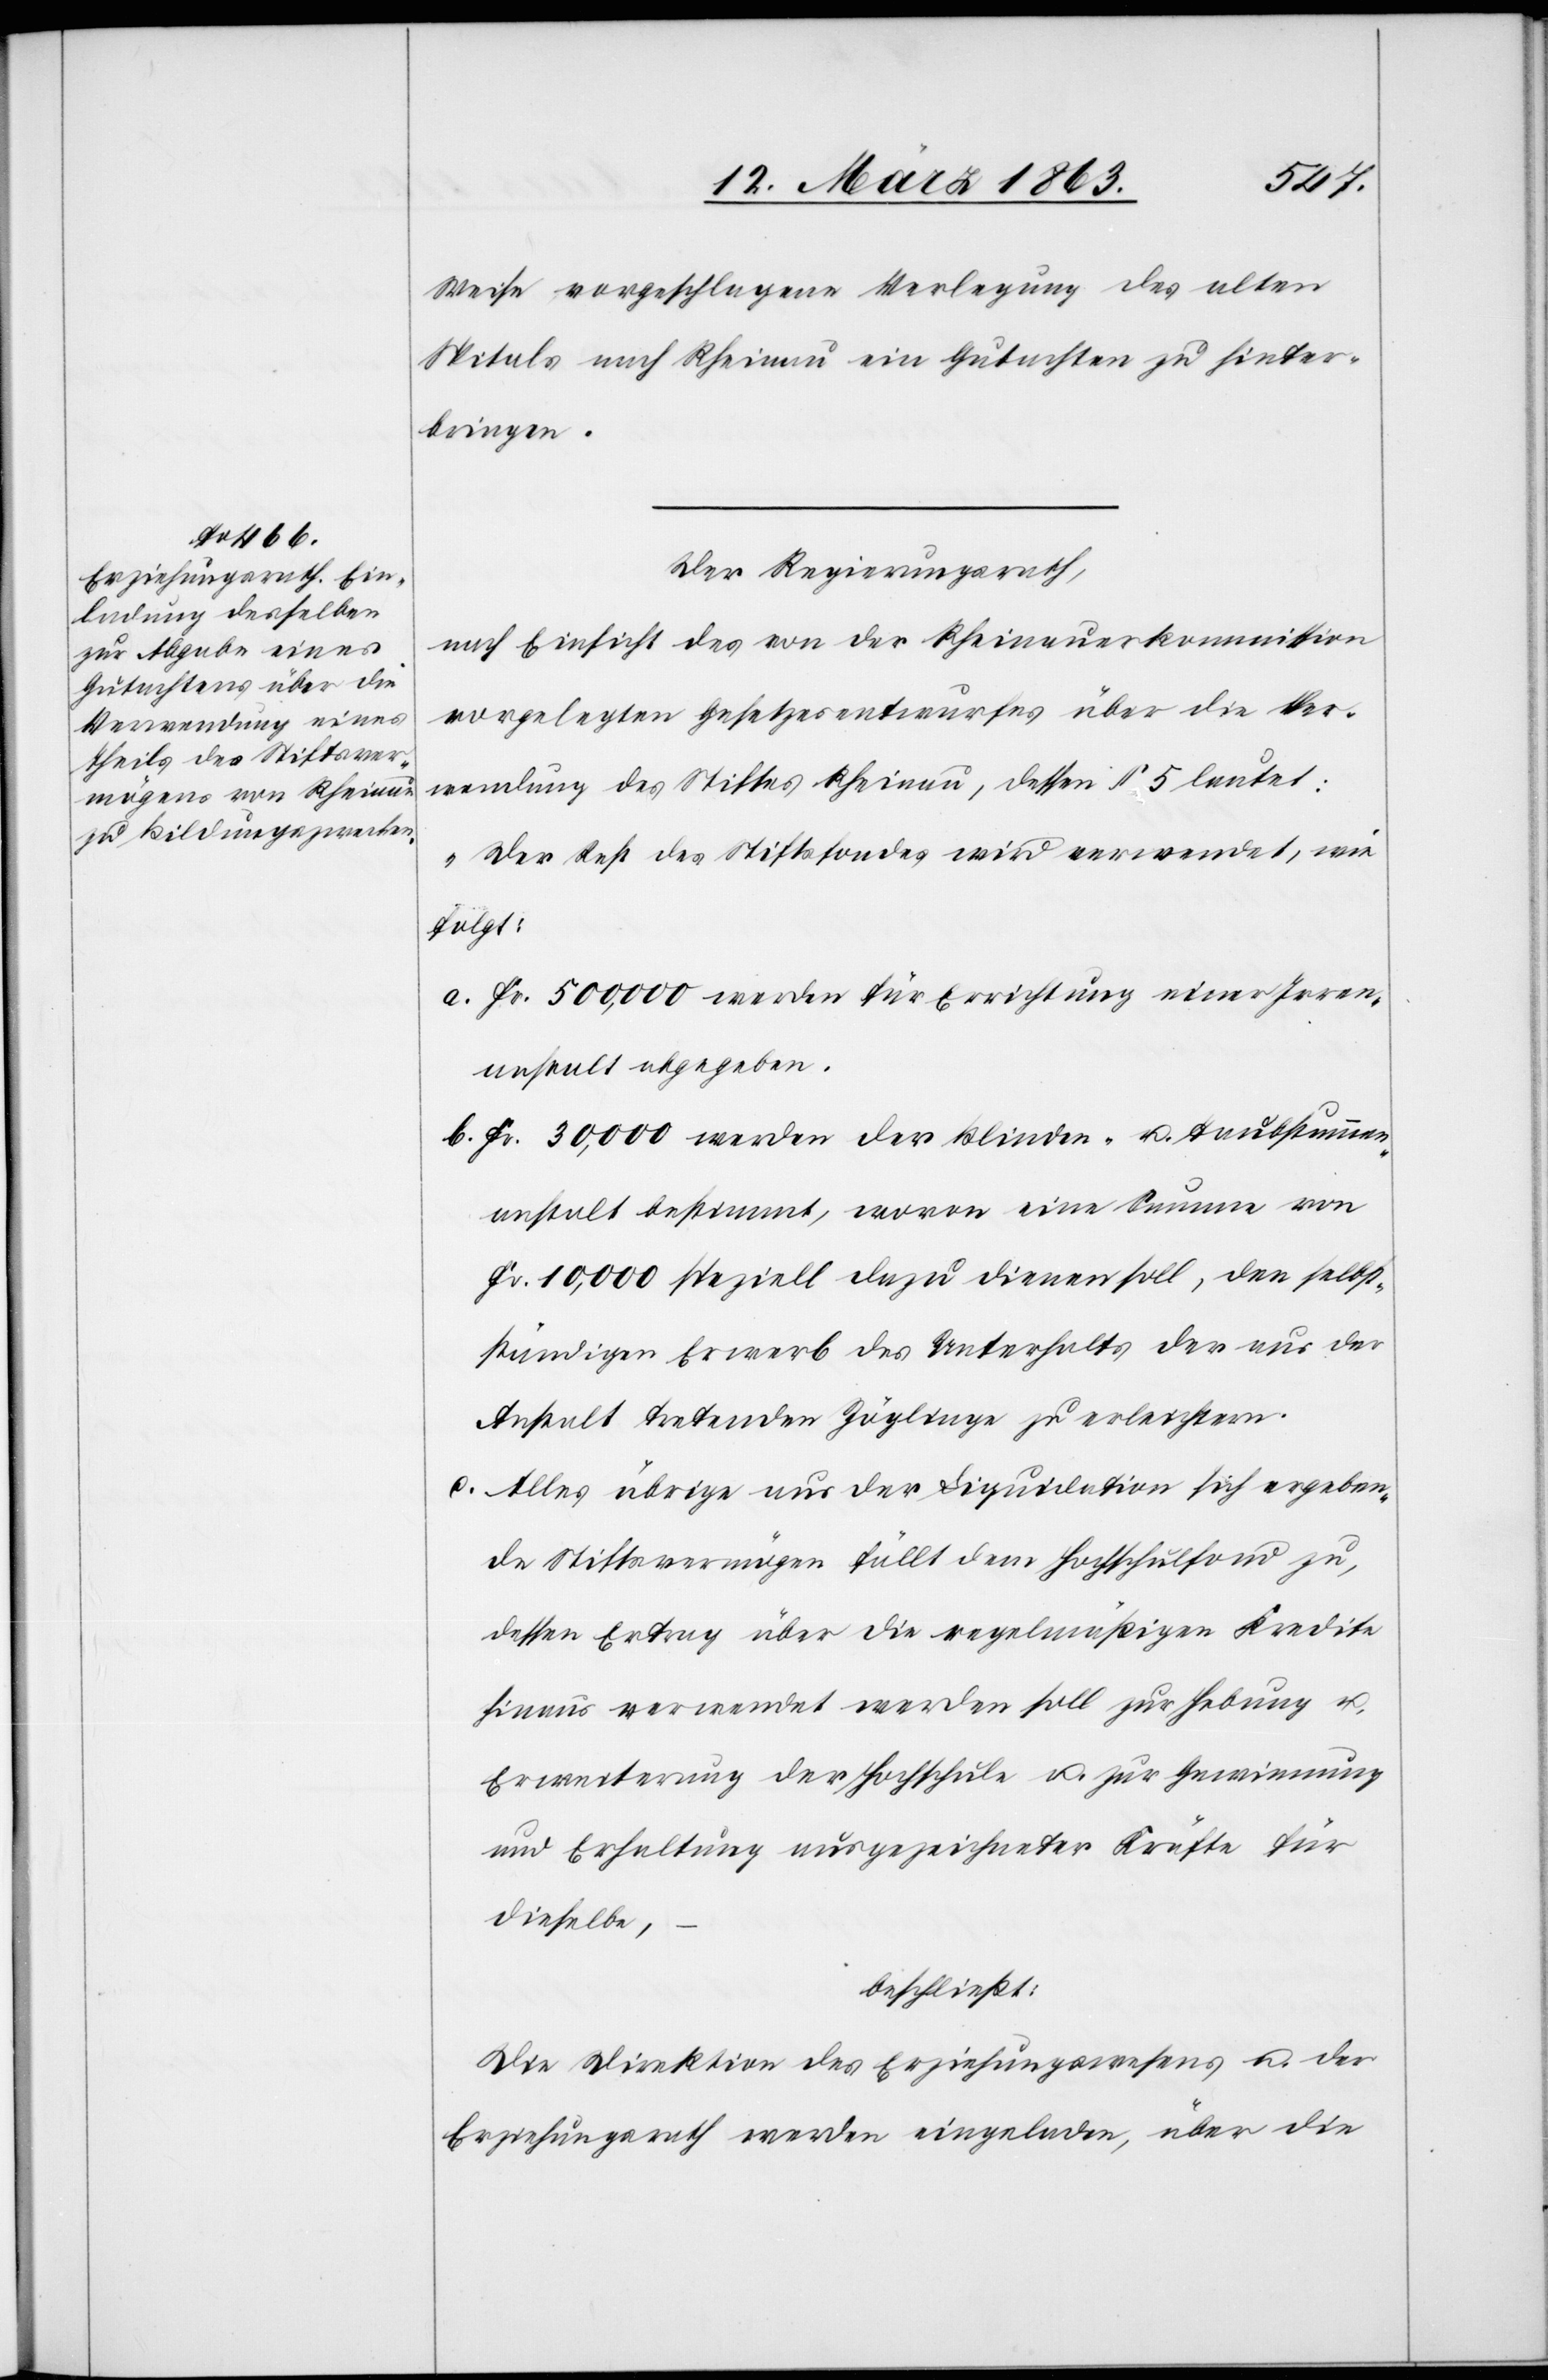
Weise vorgeschlagene Verlegung des alten
Spitals nach Rheinau ein Gutachten zu hinter¬
bringen.
Der Regierungsrath,
nach Einsicht des von der Rheinauerkommission
vorgelegten Gesetzesentwurfes über die Ver¬
wendung des Stiftes Rheinau, dessen § 5 lautet:
„Der Rest des Stiftsfondes wird verwendet, wie
folgt:
a. Fr. 500,000 werden für Errichtung einer Irren¬
anstalt abgegeben.
b. Fr. 30,000 werden der Blinden- u. Taubstummen¬
anstalt bestimmt, wovon eine Summe von
Fr. 10,000 speziell dazu dienen soll, den selbst¬
ständigen Erwerb des Unterhalts der aus der
Anstalt tretenden Zöglinge zu erleichtern.
c. Alles übrige aus der Liquidation sich ergeben¬
de Stiftsvermögen fällt dem Hochschulfond zu,
dessen Ertrag über die regelmäßigen Kredite
hinaus verwendet werden soll zur Hebung u.
Erweiterung der Hochschule u. zur Gewinnung
und Erhaltung ausgezeichneter Kräfte für
dieselbe,“
beschließt:
Die Direktion des Erziehungswesens u. der
Erziehungsrath werden eingeladen, über die